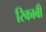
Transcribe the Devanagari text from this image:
रिकाबी